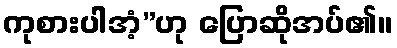
ကုစားပါအံ့”ဟု ပြောဆိုအပ်၏။